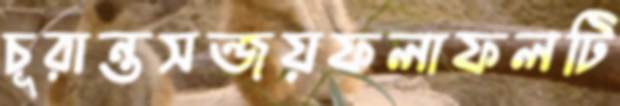
চূরান্তসন্জয়ফলাফলটি